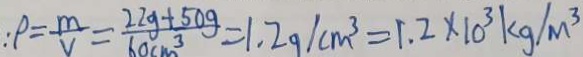
P = \frac { m } { V } = \frac { 2 2 g + 5 0 g } { 6 0 c m ^ { 3 } } = 1 . 2 0 / c m ^ { 3 } = 1 . 2 \times 1 0 ^ { 3 } k g / m ^ { 3 }